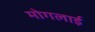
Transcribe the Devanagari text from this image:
मोगलार्इ